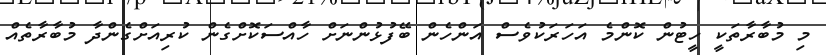
މި މުބާރާތަކީ ހީޓުން ކޮންމެ އަހަރަކުވެސް އަންހެން ބޭފުޅުންނަށް ހާއްސަކޮށްގެން ކުރިއަށްގެންދާ މުބާރާތެއް